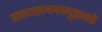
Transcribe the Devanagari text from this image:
जलालनगरमुहल्ले